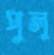
পুলু